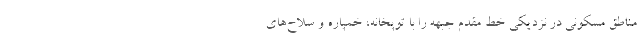
مناطق مسکونی در نزدیکی خط مقدم جبهه را با توپخانه، خمپاره و سلاح‌های